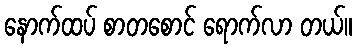
နောက်ထပ် စာတစောင် ရောက်လာ တယ်။